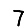
Digit: 7